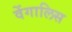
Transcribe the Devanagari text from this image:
वेंगालिस